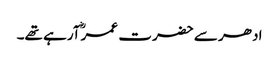
ادھر سے حضرت عمرؓ آرہے تھے۔